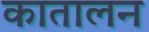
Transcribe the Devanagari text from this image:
कातालन